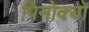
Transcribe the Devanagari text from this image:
पिनोक्यो